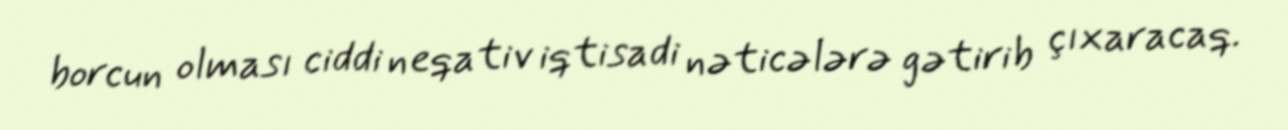
borcun olması ciddi neqativ iqtisadi nəticələrə gətirib çıxaracaq.